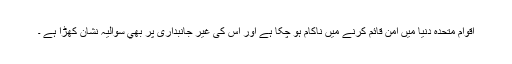
اقوام متحدہ دنیا میں امن قائم کرنے میں ناکام ہو چکا ہے اور اس کی غیر جانبداری پر بھي سوالیہ نشان کھڑا ہے ۔